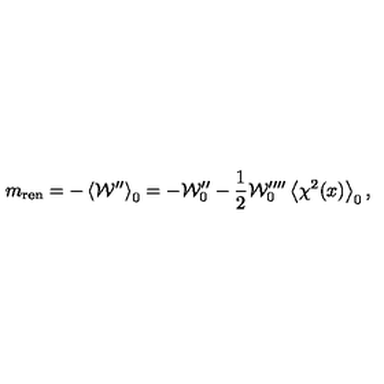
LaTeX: m _ { \mathrm { r e n } } = - \left\langle { \cal W } ^ { \prime \prime } \right\rangle _ { 0 } = - { \cal W } _ { 0 } ^ { \prime \prime } - \frac { 1 } { 2 } { \cal W } _ { 0 } ^ { \prime \prime \prime \prime } \left\langle \chi ^ { 2 } ( x ) \right\rangle _ { 0 } ,